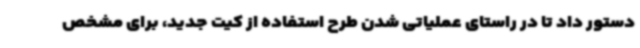
دستور داد تا در راستای عملیاتی شدن طرح استفاده از کیت جدید، برای مشخص